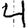
Digit: 4